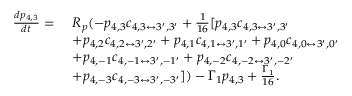
\begin{array} { r l } { \frac { d p _ { 4 , 3 } } { d t } = } & { ~ R _ { p } ( - p _ { 4 , 3 } c _ { 4 , 3 \leftrightarrow 3 ^ { \prime } , 3 ^ { \prime } } + \frac { 1 } { 1 6 } [ p _ { 4 , 3 } c _ { 4 , 3 \leftrightarrow 3 ^ { \prime } , 3 ^ { \prime } } } \\ & { ~ + p _ { 4 , 2 } c _ { 4 , 2 \leftrightarrow 3 ^ { \prime } , 2 ^ { \prime } } + p _ { 4 , 1 } c _ { 4 , 1 \leftrightarrow 3 ^ { \prime } , 1 ^ { \prime } } + p _ { 4 , 0 } c _ { 4 , 0 \leftrightarrow 3 ^ { \prime } , 0 ^ { \prime } } } \\ & { ~ + p _ { 4 , - 1 } c _ { 4 , - 1 \leftrightarrow 3 ^ { \prime } , - 1 ^ { \prime } } + p _ { 4 , - 2 } c _ { 4 , - 2 \leftrightarrow 3 ^ { \prime } , - 2 ^ { \prime } } } \\ & { ~ + p _ { 4 , - 3 } c _ { 4 , - 3 \leftrightarrow 3 ^ { \prime } , - 3 ^ { \prime } } ] ) - \Gamma _ { 1 } p _ { 4 , 3 } + \frac { \Gamma _ { 1 } } { 1 6 } . } \end{array}